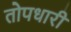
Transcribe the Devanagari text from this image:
तोपधारी